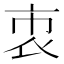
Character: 𧙙